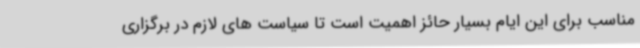
مناسب برای این ایام بسیار حائز اهمیت است تا سیاست های لازم در برگزاری